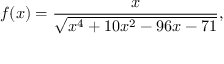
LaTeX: f ( x ) = { \frac { x } { \sqrt { x ^ { 4 } + 1 0 x ^ { 2 } - 9 6 x - 7 1 } } } ,